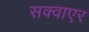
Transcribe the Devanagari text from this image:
सक्वाएर